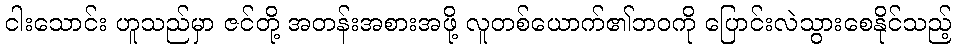
ငါးသောင်း ဟူသည်မှာ ဇင်တို့ အတန်းအစားအဖို့ လူတစ်ယောက်၏ဘဝကို ပြောင်းလဲသွားစေနိုင်သည့်